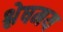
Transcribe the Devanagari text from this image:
श्लेषमय